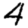
Digit: 4